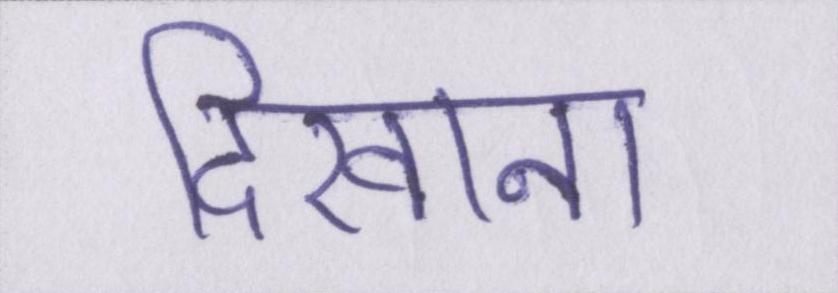
दिखाना